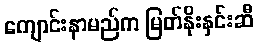
ကျောင်းနာမည်က မြတ်နိုးနှင်းဆီ